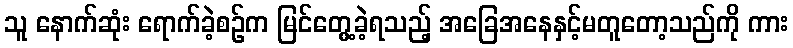
သူ နောက်ဆုံး ရောက်ခဲ့စဉ်က မြင်တွေ့ခဲ့ရသည့် အခြေအနေနှင့်မတူတော့သည်ကို ကား